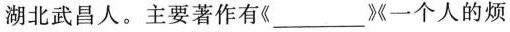
湖北武昌人。主要著作有《___》《一个人的烦